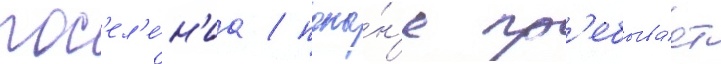
пос'ел'е́н'иа / поны́н'е пр'ебыва́ет